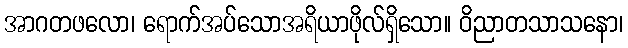
အာဂတဖလော၊ ရောက်အပ်သောအရိယာဖိုလ်ရှိသော။ ဝိညာတသာသနော၊